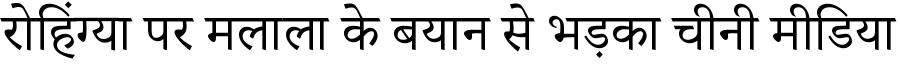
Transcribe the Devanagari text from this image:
रोहिंग्या पर मलाला के बयान से भड़का चीनी मीडिया